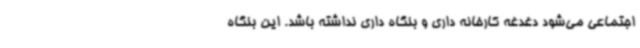
اجتماعی می‌شود دغدغه کارخانه داری و بنگاه داری نداشته باشد. این بنگاه